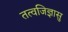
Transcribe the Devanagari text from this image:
तत्वजिज्ञासु